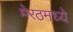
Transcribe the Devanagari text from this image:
मेरठमध्ये